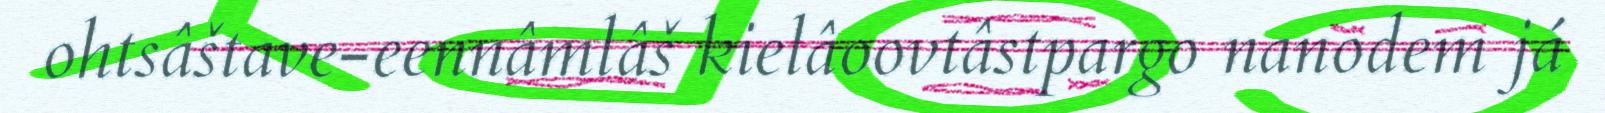
ohtsâštave-eennâmlâš kielâoovtâstpargo nanodem já